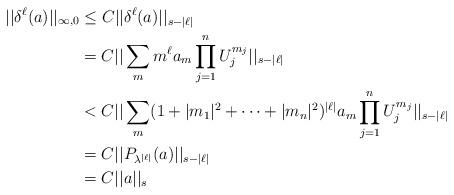
LaTeX: \begin{align*}||\delta^{\ell}(a)||_{\infty,0} &\le C||\delta^{\ell}(a)||_{s-|\ell|} \\&= C||\sum_m m^{\ell}a_m\prod_{j=1}^nU_j^{m_j}||_{s-|\ell|} \\&< C||\sum_m(1+|m_1|^2+\cdots+|m_n|^2)^{|\ell|}a_m\prod_{j=1}^nU_j^{m_j}||_{s-|\ell|} \\&= C||P_{\lambda^{|\ell|}}(a)||_{s-|\ell|} \\&= C||a||_s\end{align*}